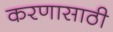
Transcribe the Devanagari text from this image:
करणासाठी